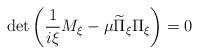
LaTeX: \begin{align*}\det\left(\frac{1}{i\xi}M_\xi-\mu \widetilde\Pi_\xi\Pi_\xi\right)=0\end{align*}